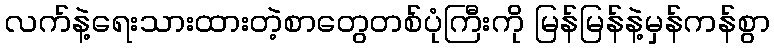
လက်နဲ့ရေးသားထားတဲ့စာတွေတစ်ပုံကြီးကို မြန်မြန်နဲ့မှန်ကန်စွာ